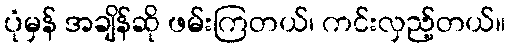
ပုံမှန် အချိန်ဆို ဖမ်းကြတယ်၊ ကင်းလှည့်တယ်။